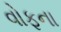
વોફના